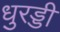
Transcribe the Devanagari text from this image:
धुरड्डी